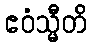
ဧဝံသ္မီတိ